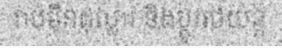
រាប់ម៉ឺនដុល្លារ និងប្តូររថយន្ត